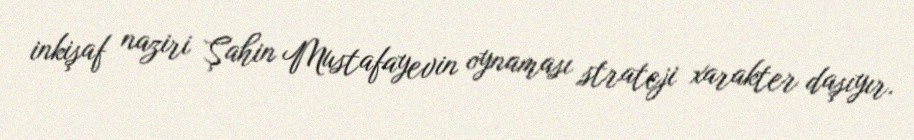
inkişaf naziri Şahin Mustafayevin oynaması strateji xarakter daşıyır.